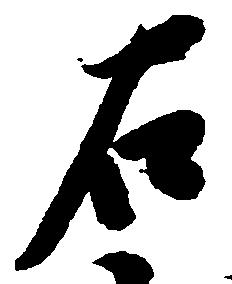
右